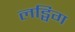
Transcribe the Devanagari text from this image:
लड्विग